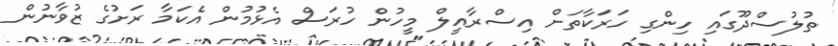
ތުލުސްދޫގައި ހިންގި ހަރަކާތަށް އިސްރާއީލް މީހުން ހުރަސް އެޅުމުން އެކަމާ ރަށުގެ ޒުވާނުން